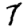
Digit: 7